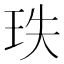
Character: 𤤥